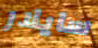
سايلار